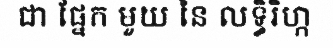
ជា ផ្នែក មួយ នៃ លទ្ធិរិហ្ក